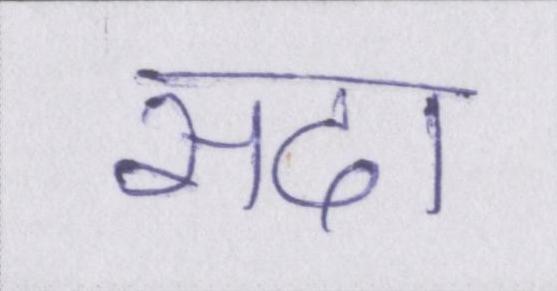
सदा